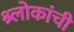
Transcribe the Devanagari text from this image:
श्र्लोकांची